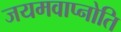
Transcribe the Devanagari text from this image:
जयमवाप्नोति